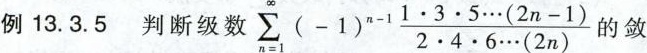
例13.3.5判断级数 $$\sum _ { n = 1 } ^ { \infty } ( - 1 ) ^ { n - 1 } \frac { 1 \cdot 3 \cdot 5 \cdots ( 2 n - 1 ) } { 2 \cdot 4 \cdot 6 \cdots ( 2 n ) }$$的敛